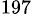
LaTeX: ^{197}